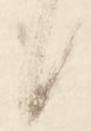
候